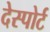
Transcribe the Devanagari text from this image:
देस्पोर्ट